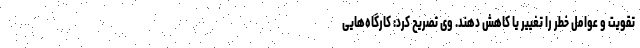
تقویت و عوامل خطر را تغییر یا کاهش دهند. وی تصریح کرد: کارگاه‌هایی